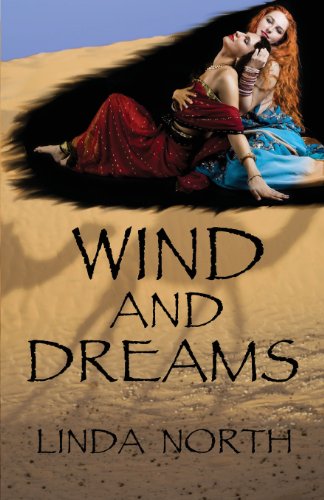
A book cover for Wind and Dreams; Linda North; Romance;